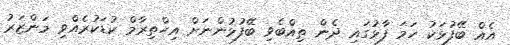
އެއް ބޭފުޅަކު ހަމަ ފާޅުގައި ދެން ތިއްބެވި ބޭފުޅުންނަށް އިހްތިރާމް ކުޑަކުރެއްވި މަންޒަރު